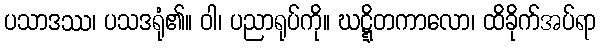
ပသာဒဿ၊ ပသဒရုံ၏။ ဝါ၊ ပညာရုပ်ကို။ ဃဋ္ဋိတကာလော၊ ထိခိုက်အပ်ရာ